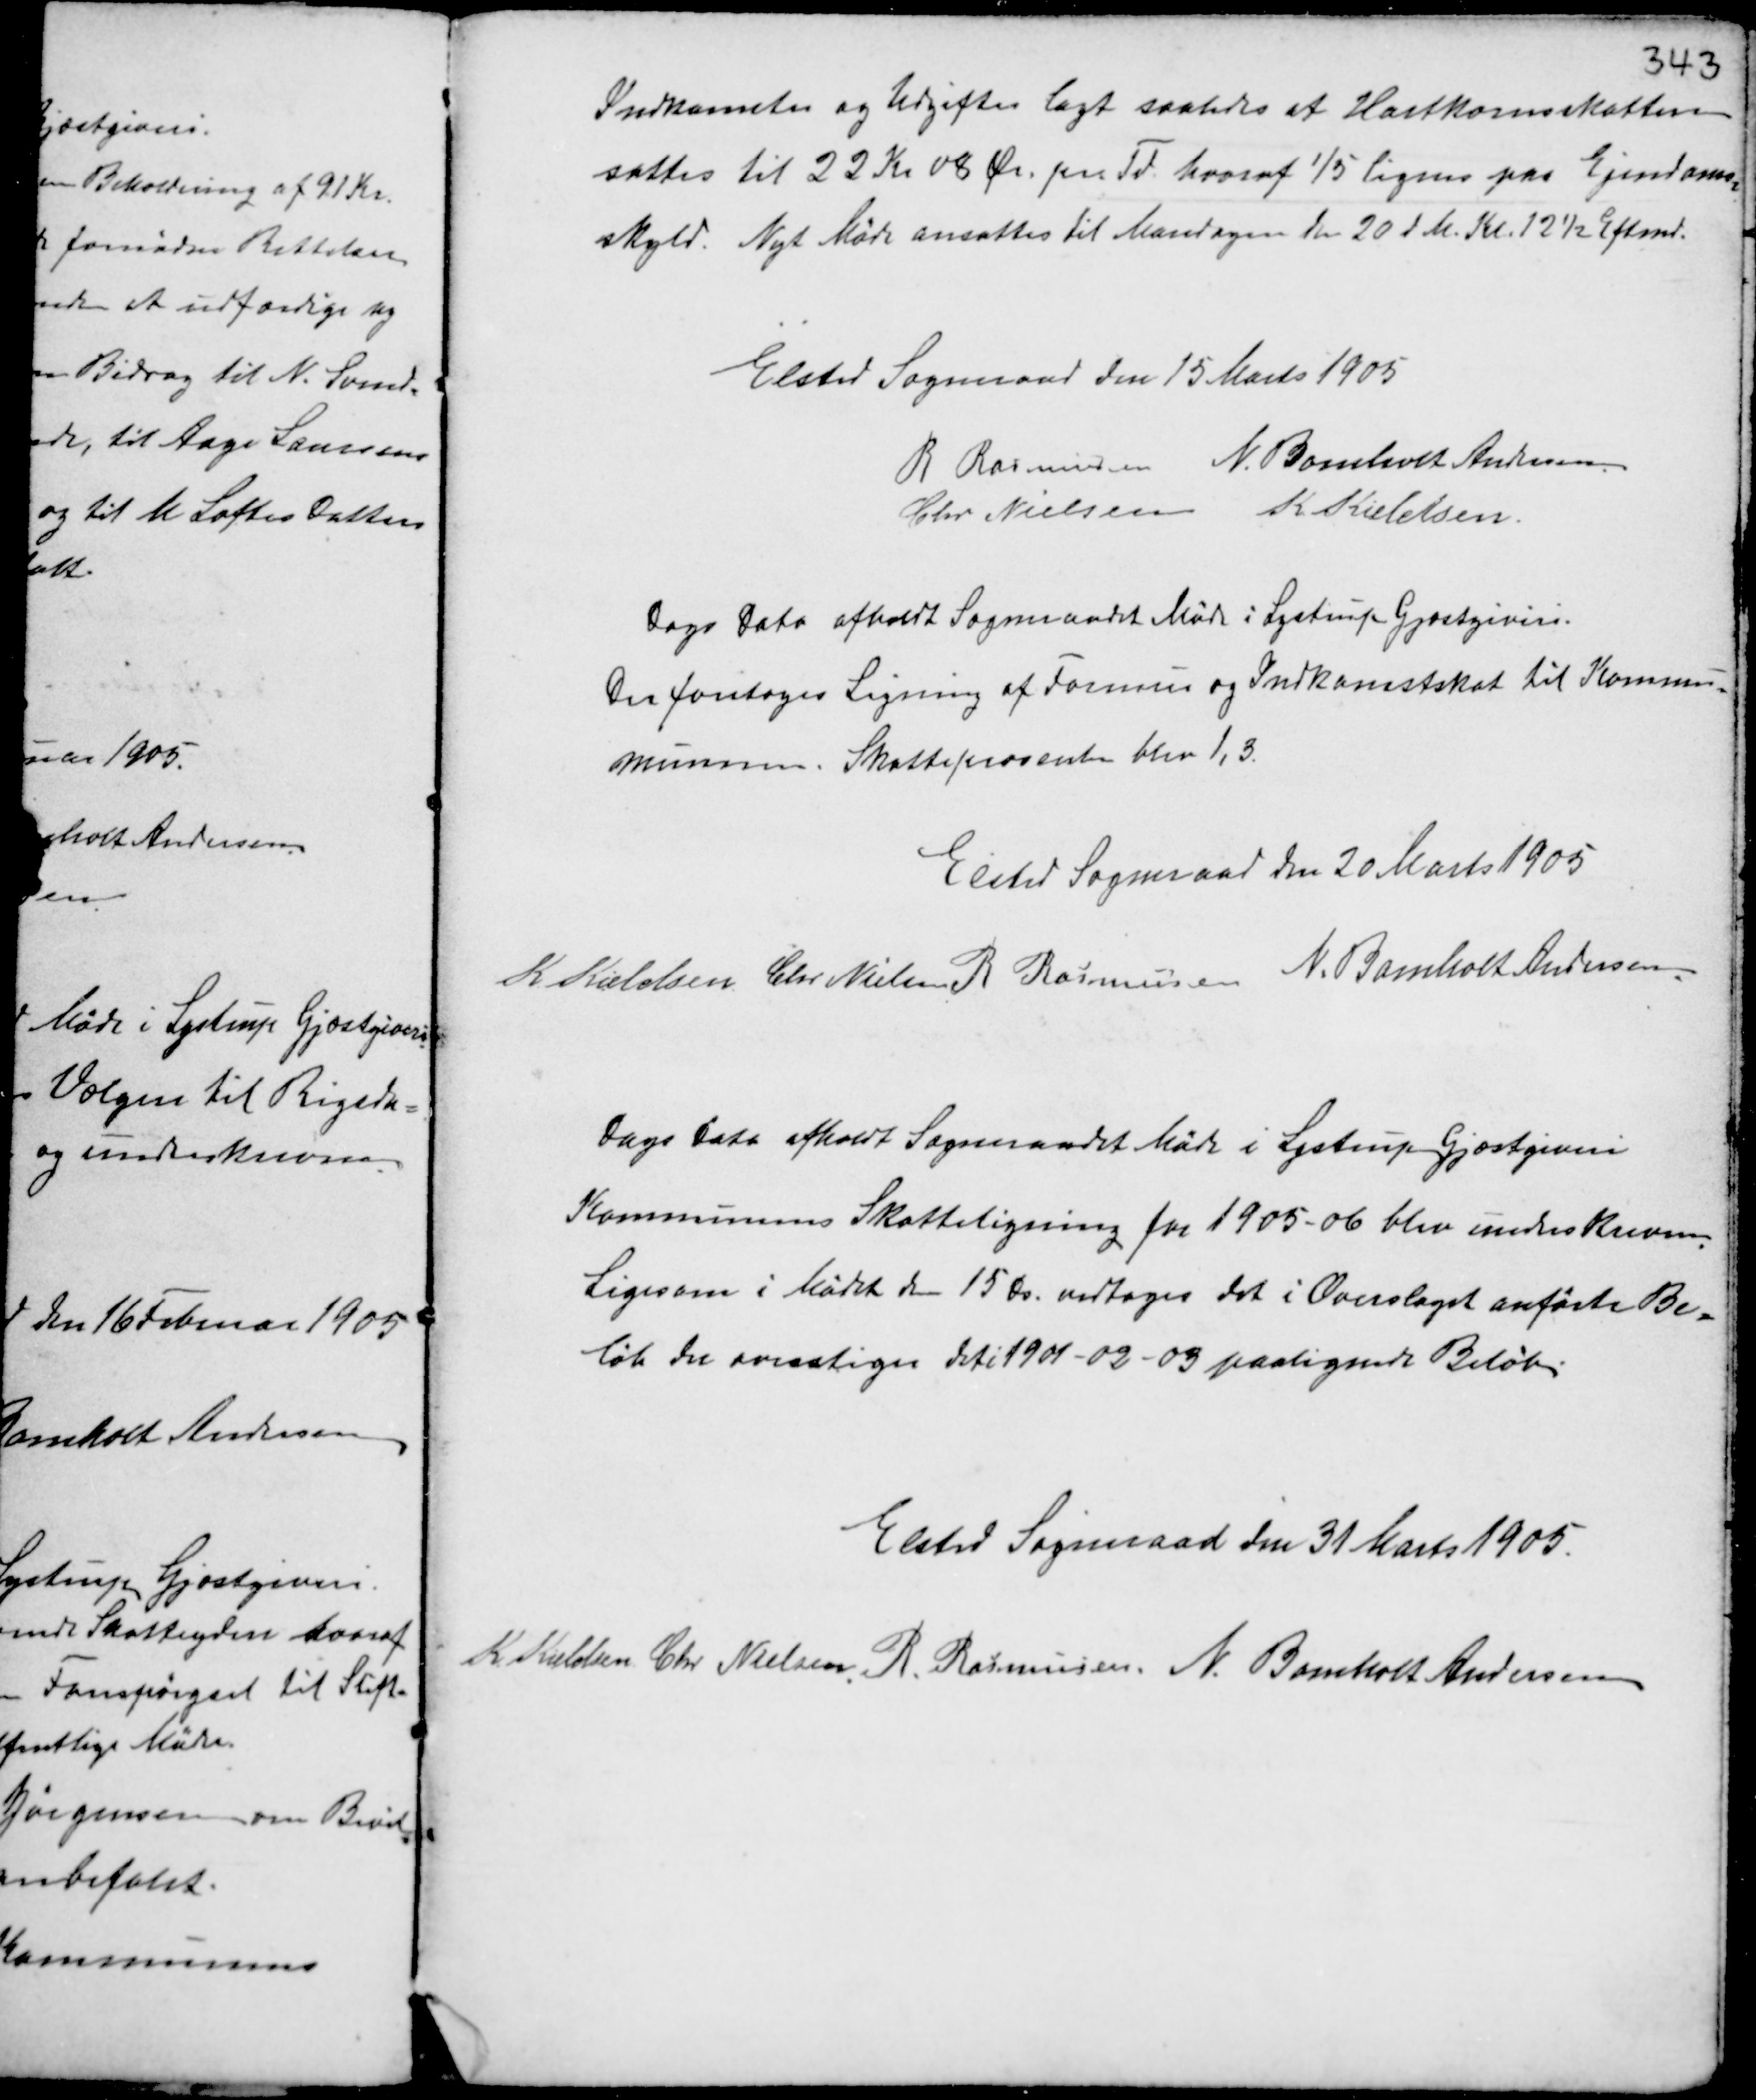
Transskription:
Indkomster og Udgifter lagt saaledes at Hartkornsskatten
sattes til 22 Kr 08 Ør. pr Td. hvoraf 1/5 lignes paa Ejendoms-
skyld. Nyt Møde ansattes til Mandagen den 20 d.M. Kl. 12½ Eftermd.

Elsted Sogneraad den 15 Marts 1905.
R Rasmussen N. Bomholt Andersen
Chr. Nielsen K. Kieldsen

Dags Dato afholdt Sogneraadet Møde i Lystrup Gjæstgiveri.
Der foretoges Ligning af Formue og Indkomstskat til Kommu-
munenes. Skatteprocenten blev 1,3.

Elsted Sogneraad den 20 Marts 1905.
K Kieldsen Chr Nielsen R Rasmussen N. Bomholt Andersen

Dags Dato afholdt Sogneraadet Møde i Lystrup Gjæstgiveri.
Kommunens Skatteligning for 1905-06 blev underskreven.
Ligesom i Mødet den 15de. vedtages det i Overslaget anførte Be-
løb der overstiger det i 1901-02-03 paalignede Beløb.

Elsted Sogneraad den 31 Marts 1905.
K Kieldsen Chr Nielsen R. Rasmussen N. Bomholt Andersen